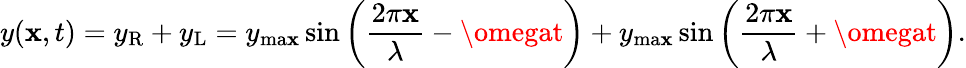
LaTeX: y(\mathbf{x},t)=y_{\mathrm{{R}}}+y_{\mathrm{{L}}}=y_{\mathrm{{ma\mathbf{x}}}}\sin\left({\frac{{2\pi\mathbf{x}}}{{\lambda}}}-\omegat\right)+y_{\mathrm{{ma\mathbf{x}}}}\sin\left({\frac{{2\pi\mathbf{x}}}{{\lambda}}}+\omegat\right).